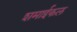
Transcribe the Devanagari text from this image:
शमाईकल